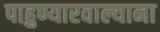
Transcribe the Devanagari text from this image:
पाहुण्यारवाल्याना